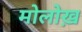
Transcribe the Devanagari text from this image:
मोलोख़